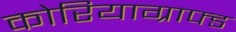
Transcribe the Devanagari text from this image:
कोरियाग्राफ्ड